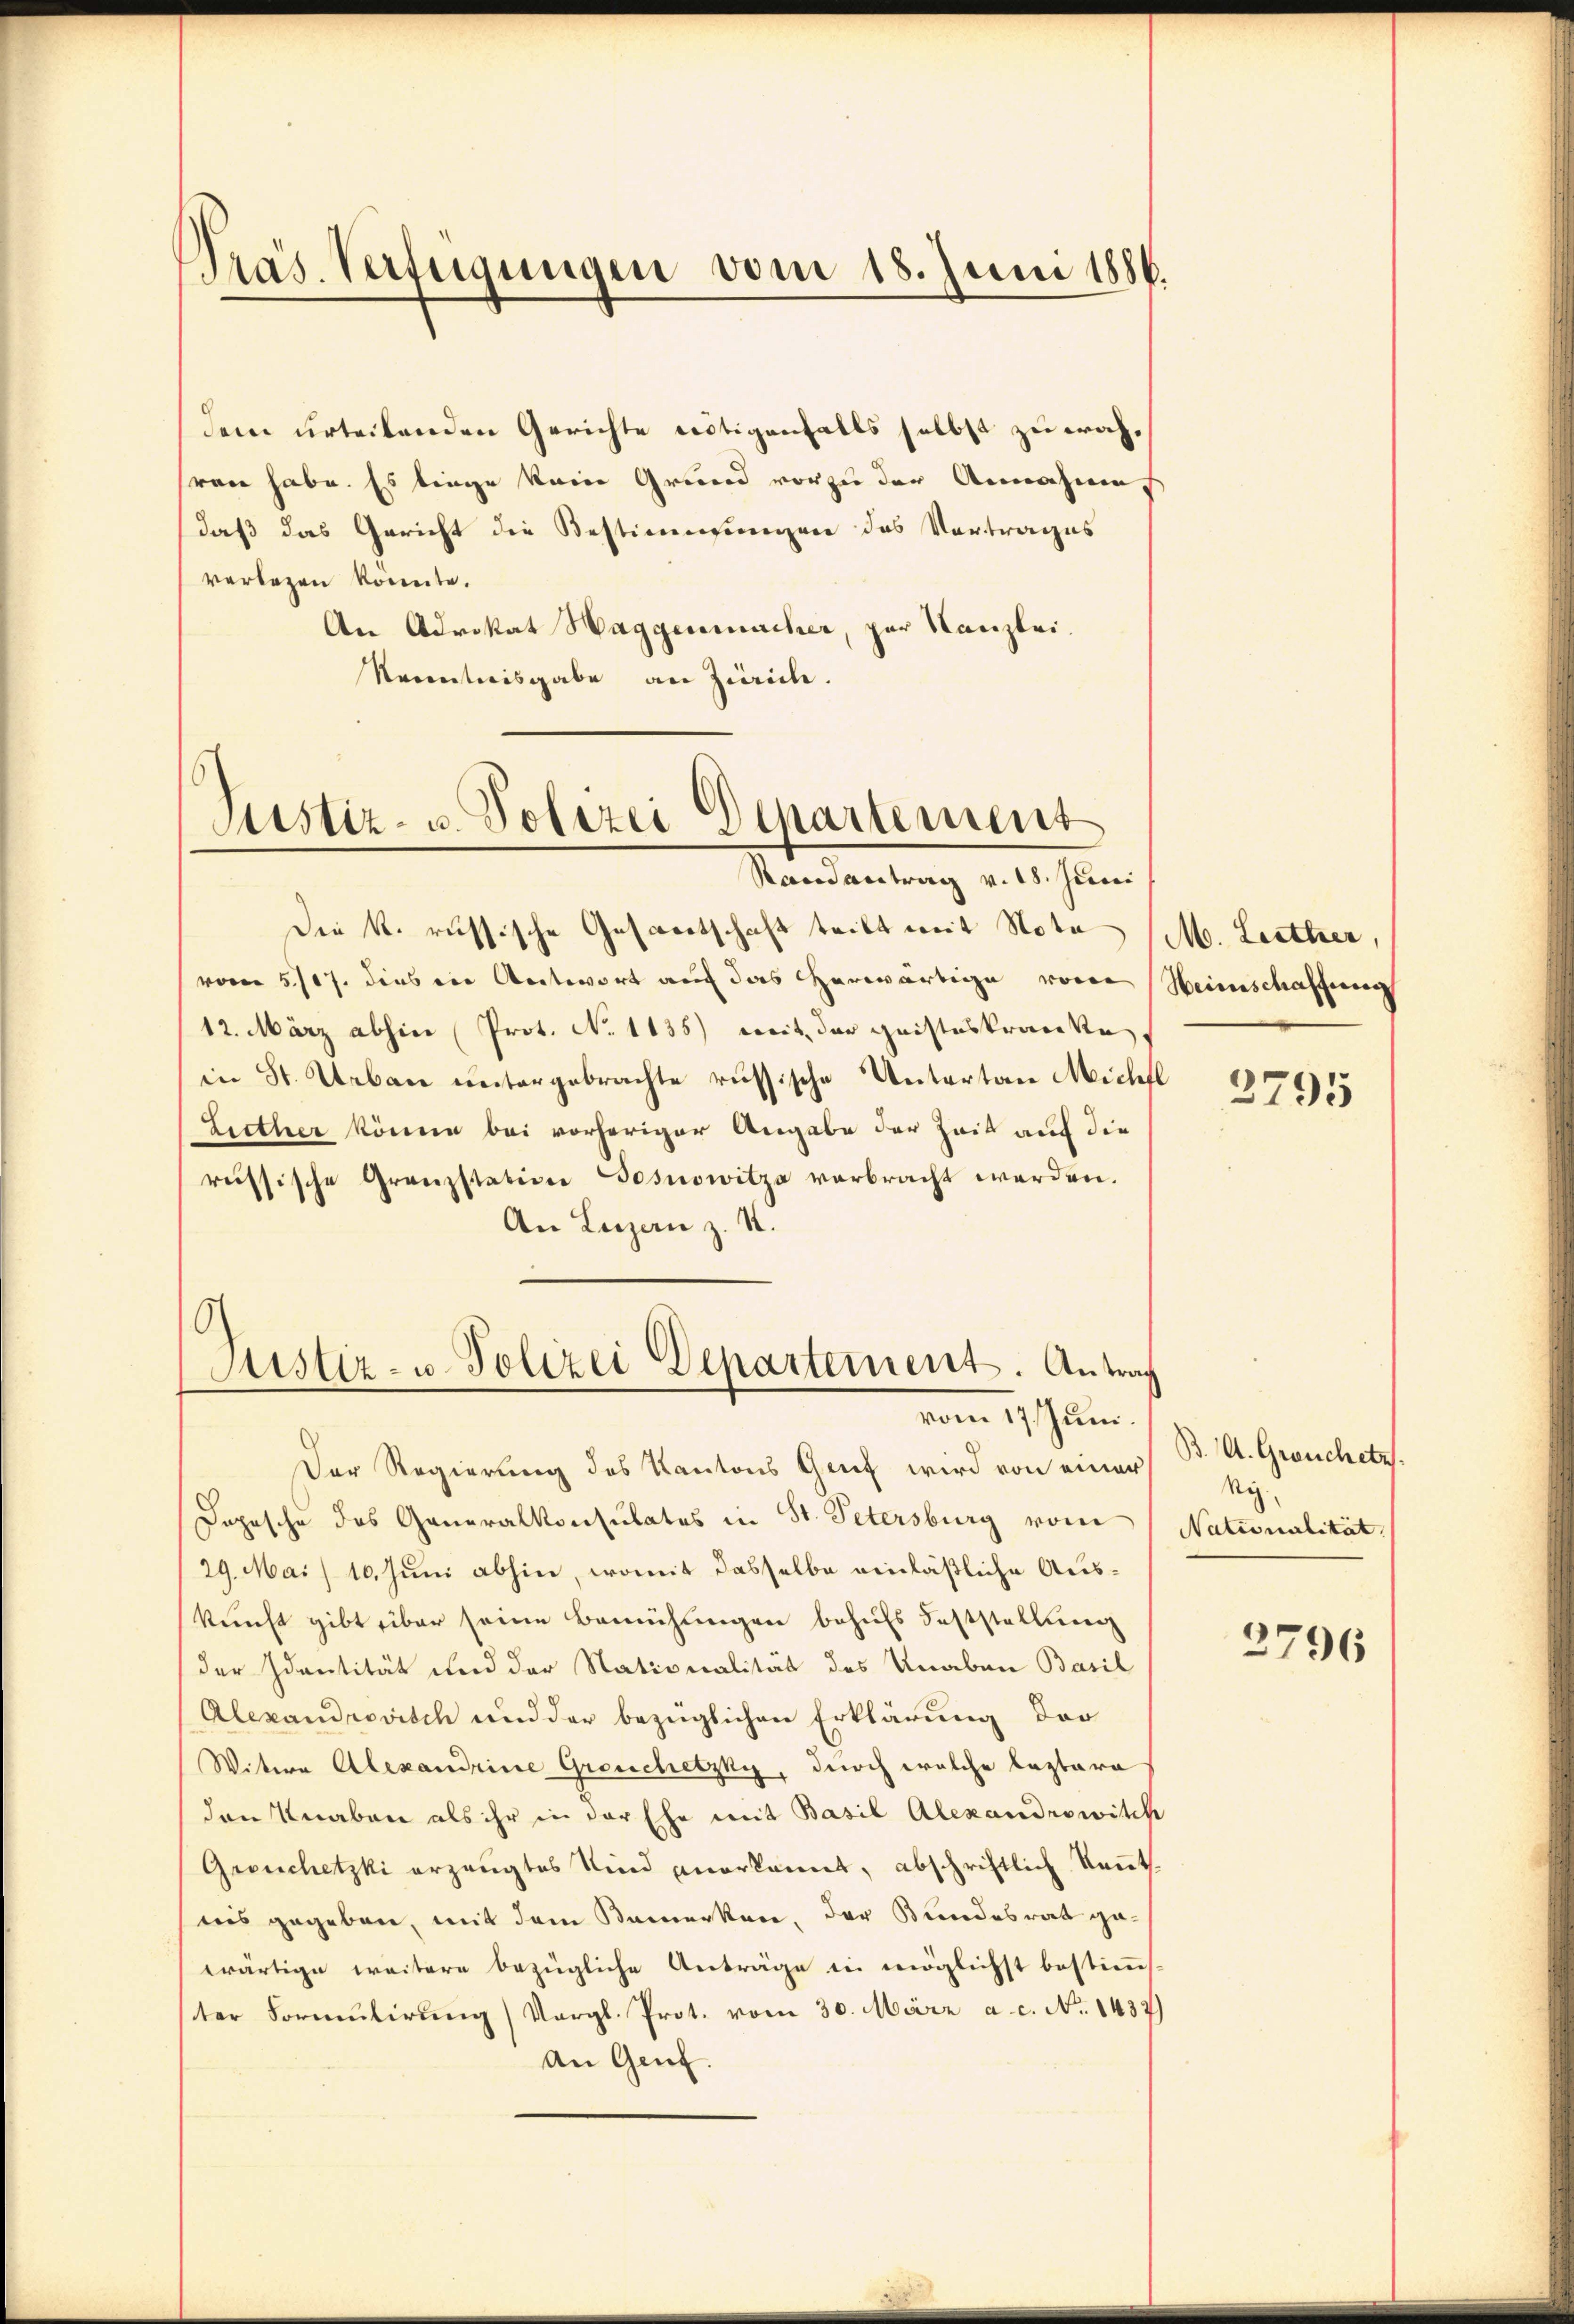
Präs. Verfügungen vom 18. Juni 1886.

verlegen konnte.
An Advokat Haggenmacher, par Kanzlei.
Kenntnisgabe an Zürich.

Justiz- u. Polizei Departement
Randantrag v. 18. Juni

Die k. russische Gesandtschaft tritt mit Nota
vom 5./17. dies in Antwort auf das erwärtige von
12. März abhin  Prot. No 1135) weit der geisteskracette,
in St. Urban untergebrachte russische Untertan Michl
Liether könne bei vorheriger Angabe der Zeit auf die
russische Granzstation Gosnowitza verbracht werden.
An Luzern z. S.
Der Regierung des Kantons Genf wird von einer
Dopesche das Generalkonsulates in St. Petersburg vom
29. Mai 10. Juni abhin, womit dasselbe einläßliche Auskunft gibt über seine Bemühungen behufs Feststellung
der Identität und der Nationalität des Knaben Basil
Alexandrovisch und der bezüglichen Erklärung der
Witwe Alexandrine Greuchetzky, durch welche Laztara
den Knaben als ihr in der Ehe mit Basil Alexandrowitch
Grouchetzki erzeugtes Kind anerkannt, abschriftlich Kennt
nis gegeben, mit dem Bemerken, der Bundesrat gewärtige weitere bezügliche Anträge in möglichst bestimm-
ter Formulirung) Vergl. Prot. vom 30. März a. c. No. 1437)
An Genf.

dem urteilenden Gerichte nötigenfalls selbst zu währen habe. Es linge kein Grund vor zu der Annahmens
daß das Gericht die Bestimmungen des Vortrages

Justiz- u. Polizei Departement. Antrag
vom 17. Juni.

M. Leither,
Heimschaffung

3795

B. A. Grouchetz.
Ny.
Nationalität.

2796